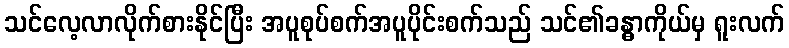
သင်လေ့လာလိုက်စားနိုင်ပြီး အပူစုပ်စက်အပူပိုင်းစက်သည် သင်၏ခန္ဓာကိုယ်မှ ရူးလက်